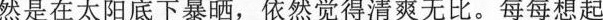
然是在太阳底下暴晒，依然觉得清爽无比。每每想起